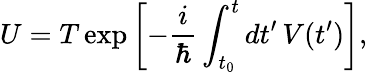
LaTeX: U=T\exp\left[-{\frac{i}{\hbar}}\int_{t_{0}}^{t}dt^{\prime}\, V(t^{\prime})\right],